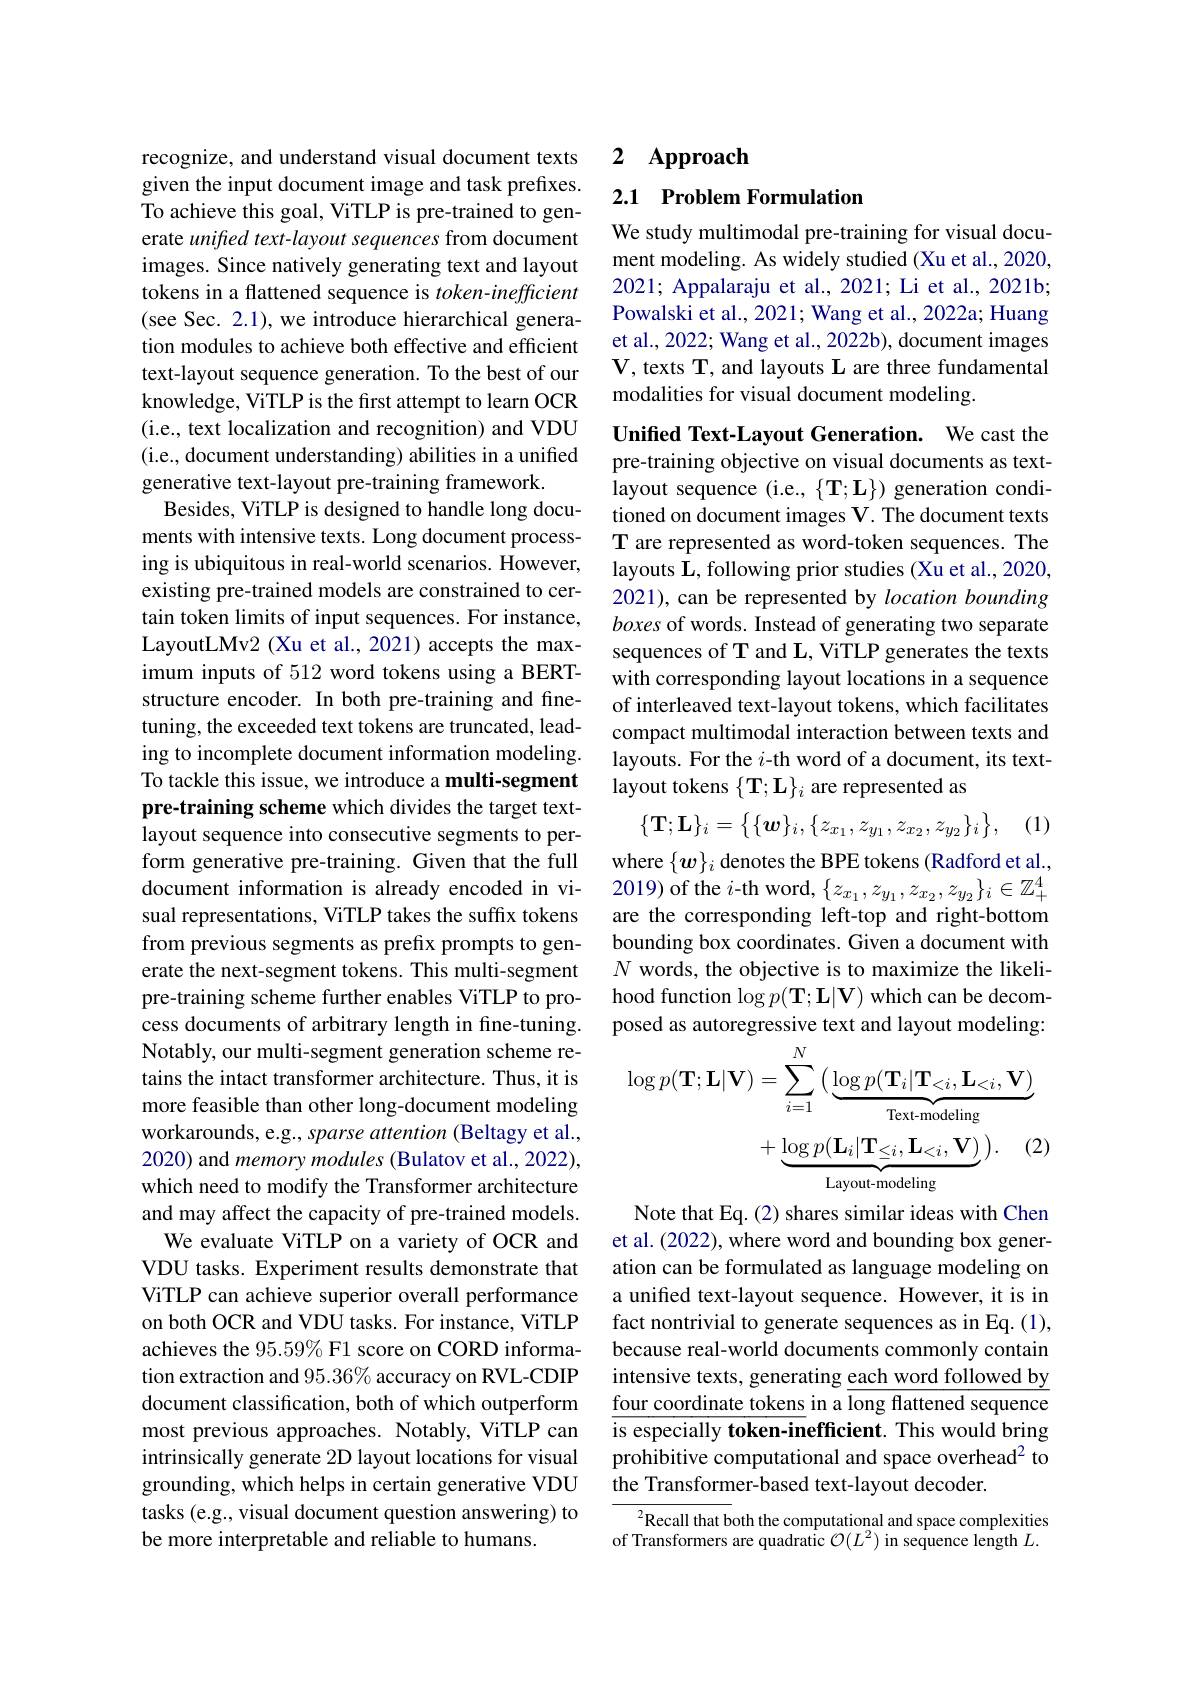
recognize, and understand visual document texts given the input document image and task prefixes. To achieve this goal, ViTLP is pre-trained to generate unified text-layout sequences from document images. Since natively generating text and layout tokens in a flattened sequence is $token-inefficient$ (see Sec. 2.1), we introduce hierarchical generation modules to achieve both effective and efficient text-layout sequence generation. To the best of our knowledge, ViTLP is the first attempt to learn OCR (i.e., text localization and recognition) and VDU (i.e., document understanding) abilities in a unified generative text-layout pre-training framework.
Besides, ViTLP is designed to handle long documents with intensive texts. Long document processing is ubiquitous in real-world scenarios. However, existing pre-trained models are constrained to certain token limits of input sequences. For instance, LayoutLMv2 (Xu et al., 2021) accepts the maximum inputs of 512 word tokens using a BERTstructure encoder. In both pre-training and finetuning, the exceeded text tokens are truncated, leading to incomplete document information modeling. To tackle this issue, we introduce a multi-segment pre-training scheme which divides the target textlayout sequence into consecutive segments to perform generative pre-training. Given that the full document information is already encoded in visual representations, ViTLP takes the suffx tokens from previous segments as prefix prompts to generate the next-segment tokens. This multi-segment pre-training scheme further enables ViTLP to process documents of arbitrary length in fine-tuning. Notably, our multi-segment generation scheme retains the intact transformer architecture. Thus, it is more feasible than other long-document modeling workarounds, e.g., sparse attention (Beltagy et al., 2020) and memory modules (Bulatov et al., 2022), which need to modify the Transformer architecture and may affect the capacity of pre-trained models.
We evaluate ViTLP on a variety of OCR and VDU tasks. Experiment results demonstrate that ViTLP can achieve superior overall performance on both OCR and VDU tasks. For instance, ViTLP achieves the 95.59% F1 score on CORD information extraction and $95.36\%$ accuracy on RVL-CDIP document classification, both of which outperform most previous approaches. Notably, ViTLP can intrinsically generate 2D layout locations for visual grounding, which helps in certain generative VDU tasks (e.g., visual document question answering) to be more interpretable and reliable to humans

2 $\mathbf{Approach}$

## 2.1 Problem Formulation

We study multimodal pre-training for visual document modeling. As widely studied (Xu et al., 2020, 2021; Appalaraju et al., 2021; Li et al., 2021b; Powalski et al., 2021; Wang et al., 2022a; Huang et al., 2022; Wang et al., 2022b), document images V, texts T, and layouts L are three fundamental modalities for visual document modeling.

Unified Text-Layout Generation. We cast the pre-training objective on visual documents as textlayout sequence (i.e., $\{\mathbf{T};\mathbf{L}\})$ generation conditioned on document images V. The document texts T are represented as word-token sequences. The layouts L, following prior studies (Xu et al., 2020, 2021), can be represented by location bounding boxes of words. Instead of generating two separate sequences of T and L, ViTLP generates the texts with corresponding layout locations in a sequence of interleaved text-layout tokens, which facilitates compact multimodal interaction between texts and layouts. For the $i$-th word of a document, its textlayout tokens $\{\mathbf{T};\mathbf{L}\}_i$ are represented as

(1)
$$\{\mathbf{T};\mathbf{L}\}_i=\begin{Bmatrix}\{\boldsymbol{w}\}_i,\{z_{x_1},z_{y_1},z_{x_2},z_{y_2}\}_i\end{Bmatrix},$$
where $\{\boldsymbol w\}_i$ denotes the BPE tokens (Radford et al., 2019) of the $i$-th word,$\{z_x_1,z_{y_1},z_{x_2},z_{y_2}\}_i\in\mathbb{Z}_+^4$ are the corresponding left-top and right-bottom bounding box coordinates. Given a document with $N$ words, the objective is to maximize the likelihood function $\log p(\mathbf{T};\mathbf{L}|\mathbf{V})$ which can be decomposed as autoregressive text and layout modeling:
$$\log p(\mathbf{T};\mathbf{L}|\mathbf{V})=\sum_{i=1}^N\left(\underbrace{\log p(\mathbf{T}_i|\mathbf{T}_{<i},\mathbf{L}_{<i},\mathbf{V})}_{\text{Text-modeling}}\right)$$
(2)
$$+\underbrace{\log p(\mathbf{L}_{i}|\mathbf{T}_{\leq i},\mathbf{L}_{<i},\mathbf{V})}_{\text{I avout-modelina}}).$$
Note that Eq. (2) shares similar ideas with Chen et al. (2022), where word and bounding box generation can be formulated as language modeling on a unifed text-layout sequence. However, it is in fact nontrivial to generate sequences as in Eq. (1), because real-world documents commonly contain intensive texts, generating each word followed by four coordinate tokens in a long flattened sequence $\overline{\text{is especially token-in}}$efficient. This would bring prohibitive computational and space overhead$^2$ to the Transformer-based text-layout decoder.

$^{2}$Recall that both the computational and space complexities of Transformers are quadratic $\mathcal{O}(L^2)$ in sequence length $L.$